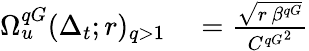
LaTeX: \begin{array}{rl}{\Omega_{u}^{qG}(\Delta_{t};r)_{q>1}}&{{}=\frac{\sqrt{r\, \beta^{qG}}}{{C^{qG}}^{2}}}\end{array}